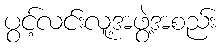
ပွင့်လင်းလူ့အဖွဲ့အစည်း